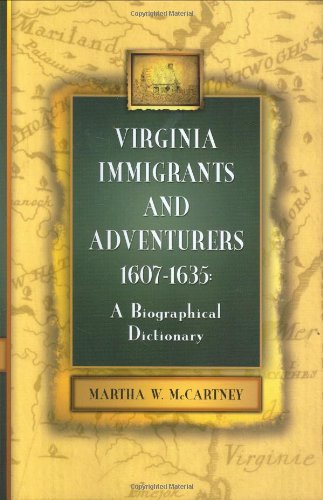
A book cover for Virginia Immigrants and Adventurers: A Biographical Dictionary, 1607-1635; Martha W. McCartney; History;